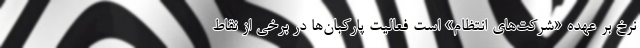
نرخ بر عهده «شرکت‌های انتظام» است فعالیت پارکبان‌ها در برخی از نقاط